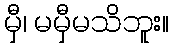
မှီ၊ မမှီမသိဘူး။